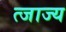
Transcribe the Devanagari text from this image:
त्जाज्य